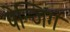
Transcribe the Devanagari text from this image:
पेन्जिंग